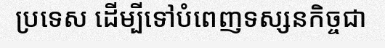
ប្រទេស ដើម្បីទៅបំពេញទស្សនកិច្ចជា